Report on horse surra - Volume I
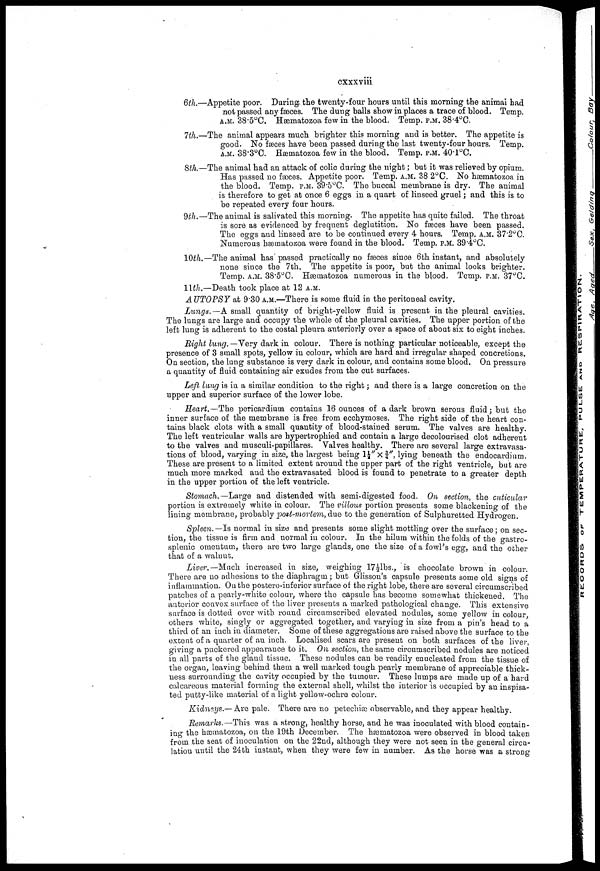
cxxxviii
6th.—Appetite poor. During the twenty-four hours until this morning the animal had
not passed any faeces. The dung balls show in places a trace of blood. Temp.
A.M. 38.5°C. Hæmatozoa few in the blood. Temp. P.M. 38.4°C.
7th.—The animal appears much brighter this morning and is better. The appetite is
good. No faeces have been passed during the last twenty-four hours. Temp.
A.M. 38.3°C. Haematozoa few in the blood. Temp. P.M. 40.1°C.
8th.—The animal had an attack of colic during the night; but it was relieved by opium.
Has passed no fæces. Appetite poor. Temp. A.M. 38 2°C. No hæmatozoa in
the blood. Temp. P.M. 39.5°C. The buccal membrane is dry. The animal
is therefore to get at once 6 eggs in a quart of linseed gruel; and this is to
be repeated every four hours.
9th.—The animal is salivated this morning. The appetite has quite failed. The throat
is sore as evidenced by frequent deglutition. No fæces have been passed.
The eggs and linseed are to be continued every 4 hours. Temp. A.M. 37.2°C.
Numerous hæmatozoa were found in the blood. Temp. P.M. 39.4°C.
10th.— The animal has passed practically no faeces since 6th instant, and absolutely
none since the 7th. The appetite is poor, but the animal looks brighter.
Temp. A.M. 38.5°C. Hæmatozoa numerous in the blood. Temp. P.M. 37°C.
11th.—Death took place at 12 A.M.
AUTOPSY at 9.30 A.M.—There is some fluid in the peritoneal cavity.
Lungs.—A small quantity of bright-yellow fluid is present in the pleural cavities.
The lungs are large and occupy the whole of the pleural cavities. The upper portion of the
left lung is adherent to the costal pleura anteriorly over a space of about six to eight inches.
Right lung.—Vevy dark in colour. There is nothing particular noticeable, except the
presence of 3 small spots, yellow in colour, which are hard and irregular shaped concretions.
On section, the lung substance is very dark in colour, and contains some blood. On pressure
a quantity of fluid containing air exudes from the cut surfaces.
Left lung is in a similar condition to the right; and there is a large concretion on the
upper and superior surface of the lower lobe.
Heart.— The pericardium contains 16 ounces of a dark brown serous fluid; but the
inner surface of the membrane is free from ecchymoses. The right side of the heart con-
tains black clots with a small quantity of blood-stained serum. The valves are healthy.
The left ventricular walls are hypertrophied and contain a large decolourised clot adherent
to the valves and musculi-papillares. Valves healthy. There are several large extravasa-
tions of blood, varying in size, the largest being 1½"x ¾", lying beneath the endocardium.
These are present to a limited extent around the upper part of the right ventricle, but are
much more marked and the extravasated blood is found to penetrate to a greater depth
in the upper portion of the left ventricle.
Stomach. —Large and distended with semi-digested food. On section, the cuticular
portion is extremely white in colour. The villous portion presents some blackening of the
lining membrane, probably post-mortem, due to the generation of Sulphuretted Hydrogen.
Spleen. —Is normal in size and presents some slight mottling over the surface; on sec-
tion, the tissue is firm and normal in colour. In the hilum within the folds of the gastro-
splenic omentum, there are two large glands, one the size of a fowl's egg, and the other
that of a walnut.
Liver.— Much increased in size, weighing 17½lbs., is chocolate brown in colour.
There are no adhesions to the diaphragm; but Glisson's capsule presents some old signs of
inflammation. On the postero-inferior surface of the right lobe, there are several circumscribed
patches of a pearly-white colour, where the capsule has become somewhat thickened. The
anterior convex surface of the liver presents a marked pathological change. This extensive
surface is dotted over with round circumscribed elevated nodules, some yellow in colour,
others white, singly or aggregated together, and varying in size from a pin's head to a
third of an inch in diameter. Some of these aggregations are raised above the surface to the
extent of a quarter of an inch. Localised scars are present on both surfaces of the liver,
giving a puckered appearance to it. On section, the same circumscribed nodules are noticed
in all parts of the gland tissue. These nodules can be readily enucleated from the tissue of
the organ, leaving behind them a well marked tough pearly membrane of appreciable thick-
ness surrounding the cavity occupied by the tumour. These lumps are made up of a hard
calcareous material forming the external shell, whilst the interior is occupied by an inspisa-
ted putty-like material of a light yellow-ochre colour.
Kidneys.— Are pale. There are no petechiæ observable, and they appear healthy.
Remarks.—This was a strong, healthy horse, and he was inoculated with blood contain-
ing the hæmatozoa, on the 19th December. The hæmatozoa were observed in blood taken
from the seat of inoculation on the 22nd, although they were not seen in the general circu-
lation until the 24th instant, when they were few in number. As the horse was a strong